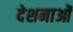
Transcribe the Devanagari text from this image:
देशनाओं